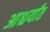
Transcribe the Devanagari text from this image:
आश्चर्यांत